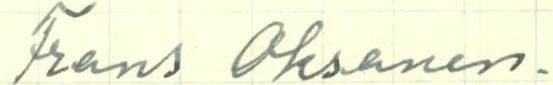
Frans Oksanen.